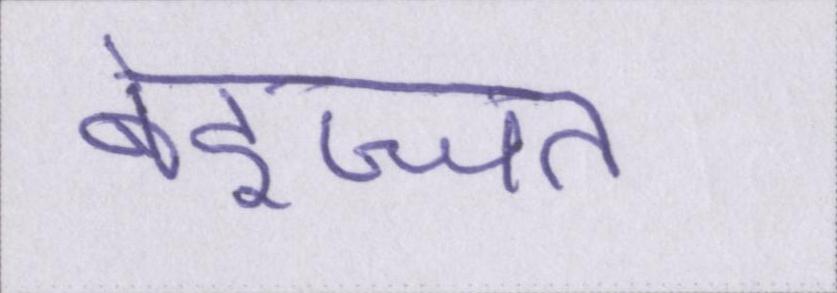
बेइज्जत